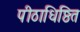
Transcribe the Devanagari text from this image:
पीठाधिष्ठित